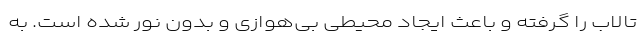
تالاب را گرفته و باعث ایجاد محیطی بی‌هوازی و بدون نور شده است. به